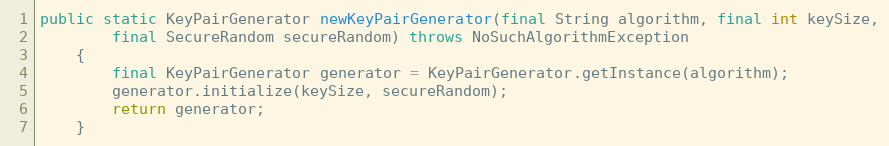
Language: Java
public static KeyPairGenerator newKeyPairGenerator(final String algorithm, final int keySize,
		final SecureRandom secureRandom) throws NoSuchAlgorithmException
	{
		final KeyPairGenerator generator = KeyPairGenerator.getInstance(algorithm);
		generator.initialize(keySize, secureRandom);
		return generator;
	}